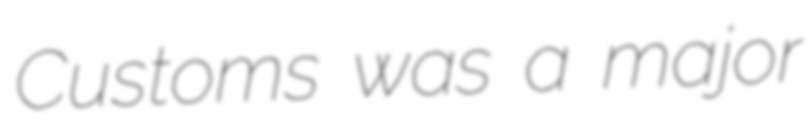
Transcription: Customs was a major